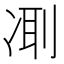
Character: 𠗜